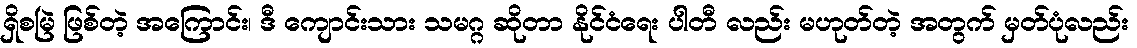
ရှိစမြဲ ဖြစ်တဲ့ အကြောင်း၊ ဒီ ကျောင်းသား သမဂ္ဂ ဆိုတာ နိုင်ငံရေး ပါတီ လည်း မဟုတ်တဲ့ အတွက် မှတ်ပုံလည်း